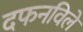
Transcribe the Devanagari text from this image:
दफनविले